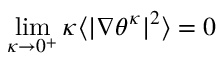
\operatorname* { l i m } _ { \kappa \to 0 ^ { + } } \kappa \langle | \nabla \theta ^ { \kappa } | ^ { 2 } \rangle = 0